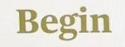
Begin